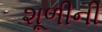
શૂળીની